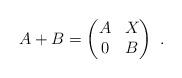
LaTeX: \begin{align*}A + B = \begin{pmatrix} A & X \\ 0 & B \end{pmatrix} \ .\end{align*}